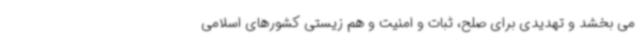
می بخشد و تهدیدی برای صلح، ثبات و امنیت و هم زیستی کشورهای اسلامی